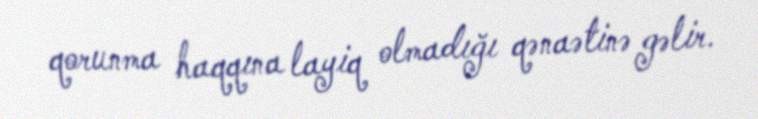
qorunma haqqına layiq olmadığı qənaətinə gəlir.